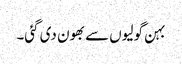
بہن گولیوں سے بھون دی گئی۔